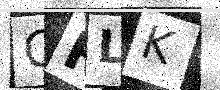
Text: GFLK